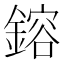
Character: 鎔